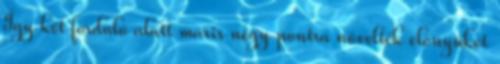
Így két forduló alatt máris négy pontra növelték előnyüket